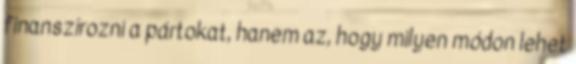
finanszírozni a pártokat, hanem az, hogy milyen módon lehet